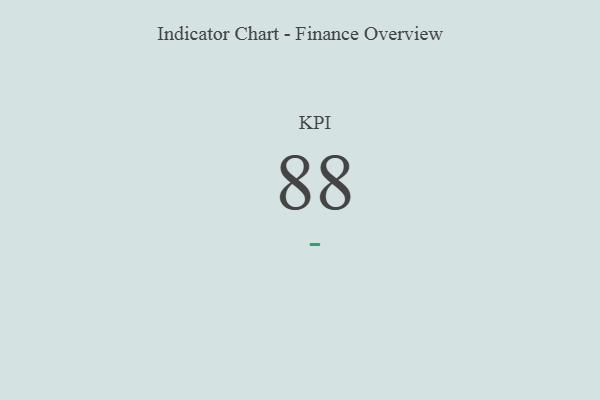
{"axis": {"x": "KPI", "y": "Value"}, "legend": [""], "data": [{"x": "KPI", "y": 88, "type": ""}]}